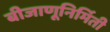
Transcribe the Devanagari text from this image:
बीजाणूनिर्मिती